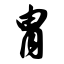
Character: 胄